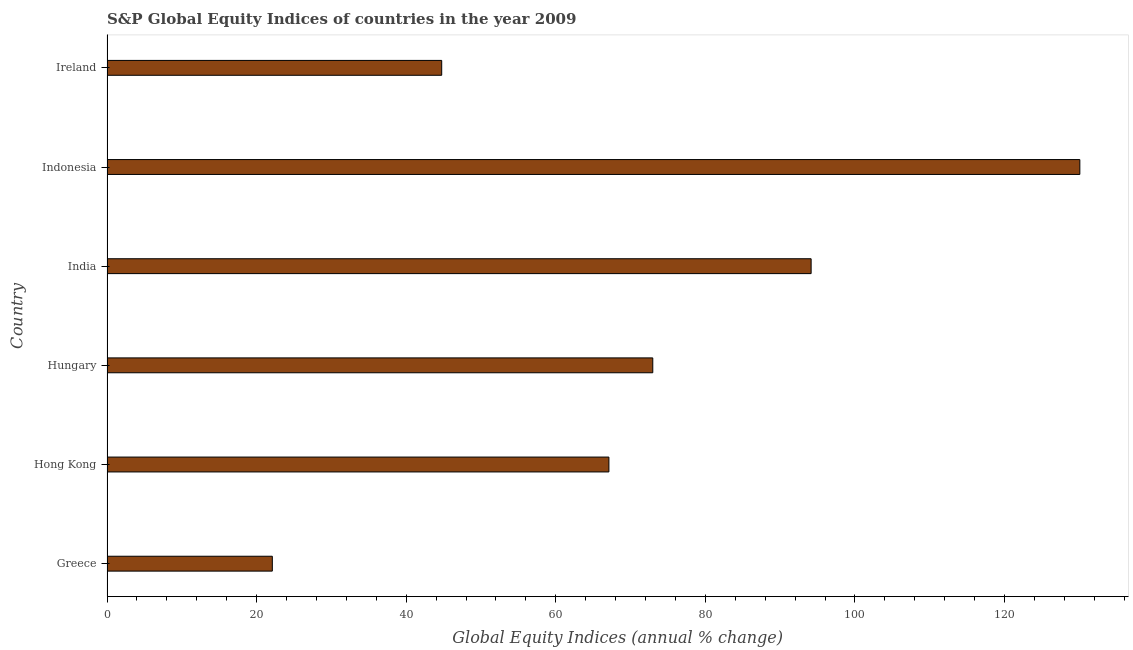
| Country | S&P Global Equity Indices |
 | --- | --- |
 | Greece | 22.1 |
 | Hong Kong | 67.1 |
 | Hungary | 73 |
 | India | 94.1 |
 | Indonesia | 130 |
 | Ireland | 44.7 |